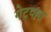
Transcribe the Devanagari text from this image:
गेटपास